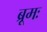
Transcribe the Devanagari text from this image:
ब्रूमः